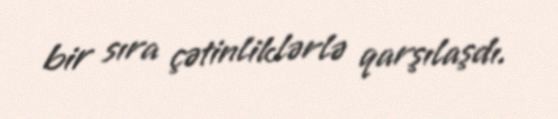
bir sıra çətinliklərlə qarşılaşdı.